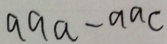
a a a - a a c